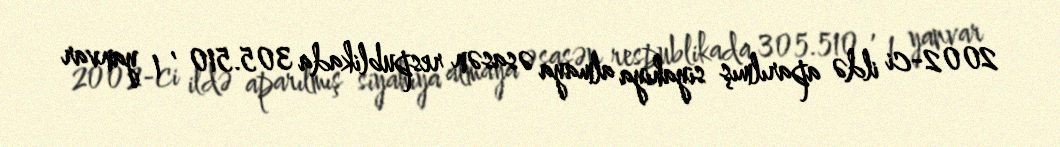
2002-ci ildə aparılmış siyahıya almaya əsasən respublikada 305.510 , 1 yanvar